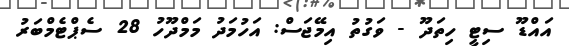
އައްޑޫ ސިޓީ ހިތަދޫ - ވަގުތު އިމޭޖަސް: އަހުމަދު މަމްދޫހު 28 ސެޕްޓެމްބަރު